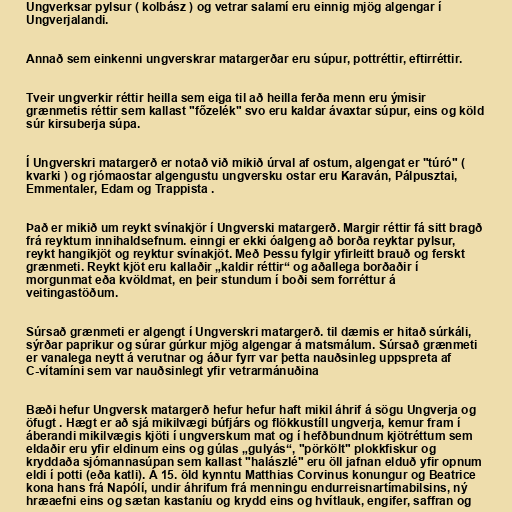
Ungverksar pylsur ( kolbász ) og vetrar salamí eru einnig mjög algengar í
Ungverjalandi.

Annað sem einkenni ungverskrar matargerðar eru súpur, pottréttir, eftirréttir.

Tveir ungverkir réttir heilla sem eiga til að heilla ferða menn eru ýmisir
grænmetis réttir sem kallast "főzelék" svo eru kaldar ávaxtar súpur, eins og köld
súr kirsuberja súpa.

Í Ungverskri matargerð er notað við mikið úrval af ostum, algengat er "túró" (
kvarki ) og rjómaostar algengustu ungversku ostar eru Karaván, Pálpusztai,
Emmentaler, Edam og Trappista .

Það er mikið um reykt svínakjör í Ungverski matargerð. Margir réttir fá sitt bragð
frá reyktum innihaldsefnum. einngi er ekki óalgeng að borða reyktar pylsur,
reykt hangikjöt og reyktur svínakjöt. Með Þessu fylgir yfirleitt brauð og ferskt
grænmeti. Reykt kjöt eru kallaðir „kaldir réttir“ og aðallega borðaðir í
morgunmat eða kvöldmat, en þeir stundum í boði sem forréttur á
veitingastöðum.

Súrsað grænmeti er algengt í Ungverskri matargerð. til dæmis er hitað súrkáli,
sýrðar paprikur og súrar gúrkur mjög algengar á matsmálum. Súrsað grænmeti
er vanalega neytt á verutnar og áður fyrr var þetta nauðsinleg uppspreta af
C-vítamíni sem var nauðsinlegt yfir vetrarmánuðina

Bæði hefur Ungversk matargerð hefur hefur haft mikil áhrif á sögu Ungverja og
öfugt . Hægt er að sjá mikilvægi búfjárs og flökkustíll ungverja, kemur fram í
áberandi mikilvægis kjöti í ungverskum mat og í hefðbundnum kjötréttum sem
eldaðir eru yfir eldinum eins og gúlas „gulyás“, "pörkölt" plokkfiskur og
kryddaða sjómannasúpan sem kallast "halászlé" eru öll jafnan elduð yfir opnum
eldi í potti (eða katli). Á 15. öld kynntu Matthias Corvinus konungur og Beatrice
kona hans frá Napólí, undir áhrifum frá menningu endurreisnartímabilsins, ný
hræaefni eins og sætan kastaníu og krydd eins og hvítlauk, engifer, saffran og